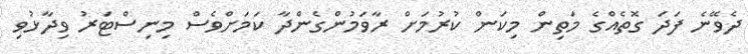
ދެވޭނެ ފަދަ ގޮތެއްގެ މަތިން މިކަން ކުރުމަށް ރާވަމުންގެންދާ ކަމަށްވެސް މިނިސްޓަރު ވިދާޅުވި